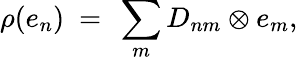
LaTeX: \rho(e_{n})~=~\sum_{m}D_{nm}\otimes e_{m},